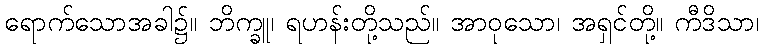
ရောက်သောအခါ၌။ ဘိက္ခူ၊ ရဟန်းတို့သည်။ အာဝုသော၊ အရှင်တို့။ ကီဒိသာ၊